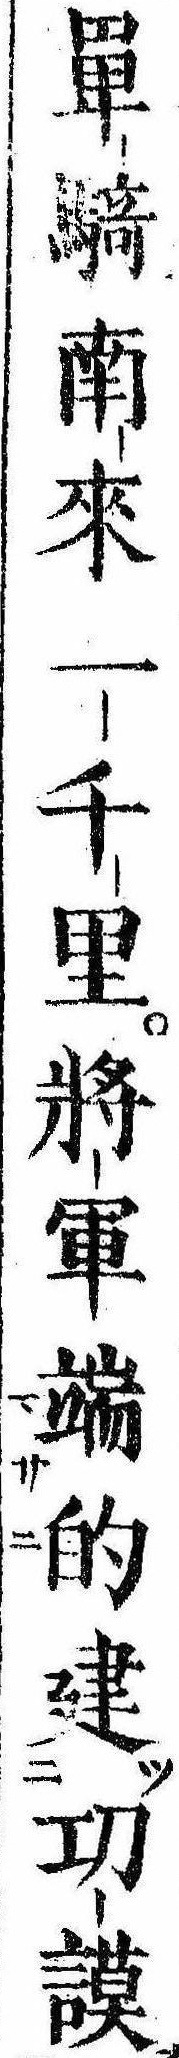
単騎南来一千里将軍端的建㓛謨